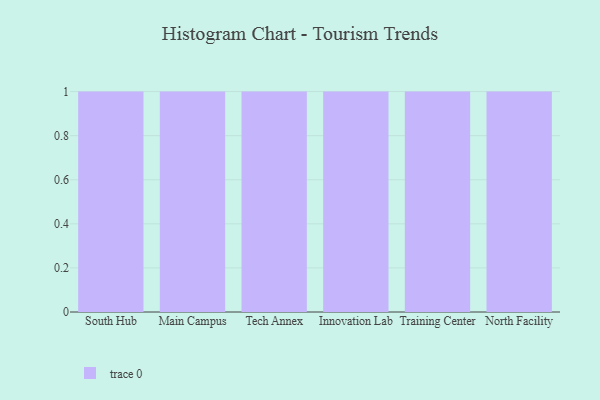
{"axis": {"x": "Campus", "y": "Headcount"}, "legend": [""], "data": [{"x": "South Hub", "y": 31, "type": ""}, {"x": "Main Campus", "y": 37, "type": ""}, {"x": "Tech Annex", "y": 58, "type": ""}, {"x": "Innovation Lab", "y": 99, "type": ""}, {"x": "Training Center", "y": 23, "type": ""}, {"x": "North Facility", "y": 47, "type": ""}]}